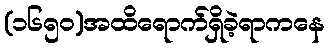
(၁၆၅၀)အထိရောက်ရှိခဲ့ရာကနေ